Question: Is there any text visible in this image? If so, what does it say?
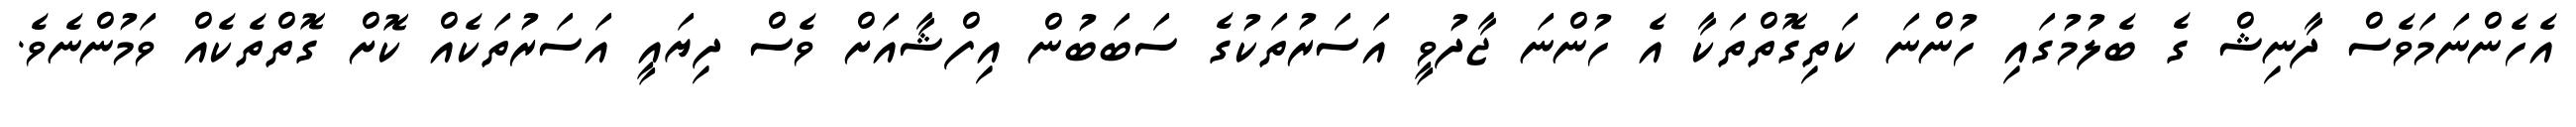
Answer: އެހެންނަމަވެސް ދާނިޝް ގެ ބެލުމުގައި ހުންނަ ކަތިގޮތްތަކާ އެ ހުންނަ ޖާދުވީ އަސަރުތަކުގެ ސަބަބުން އިފްޝާއަށް ވެސް ދިޔައީ އަސަރުތަކެއް ކޮށް ގޮތްތެކެއް ވަމުންނެވެ.